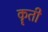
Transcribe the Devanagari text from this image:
कॄती